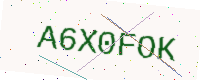
Text: A6X0FOK